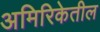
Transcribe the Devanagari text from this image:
अमिरिकेतील